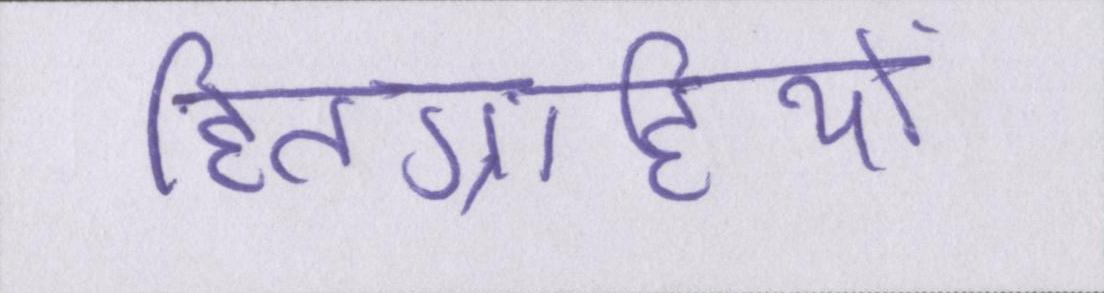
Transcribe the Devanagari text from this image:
हितग्राहियों